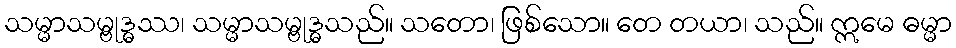
သမ္မာသမ္ဗုဒ္ဓဿ၊ သမ္မာသမ္ဗုဒ္ဓသည်။ သတော၊ ဖြစ်သော။ တေ တယာ၊ သည်။ ဣမေ ဓမ္မာ